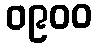
၀၉၀၀